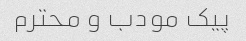
پیک مودب و محترم